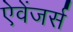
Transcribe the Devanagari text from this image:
ऐवेंजर्स